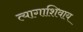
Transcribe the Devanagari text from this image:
त्यागाशिवाय